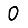
Digit: 0